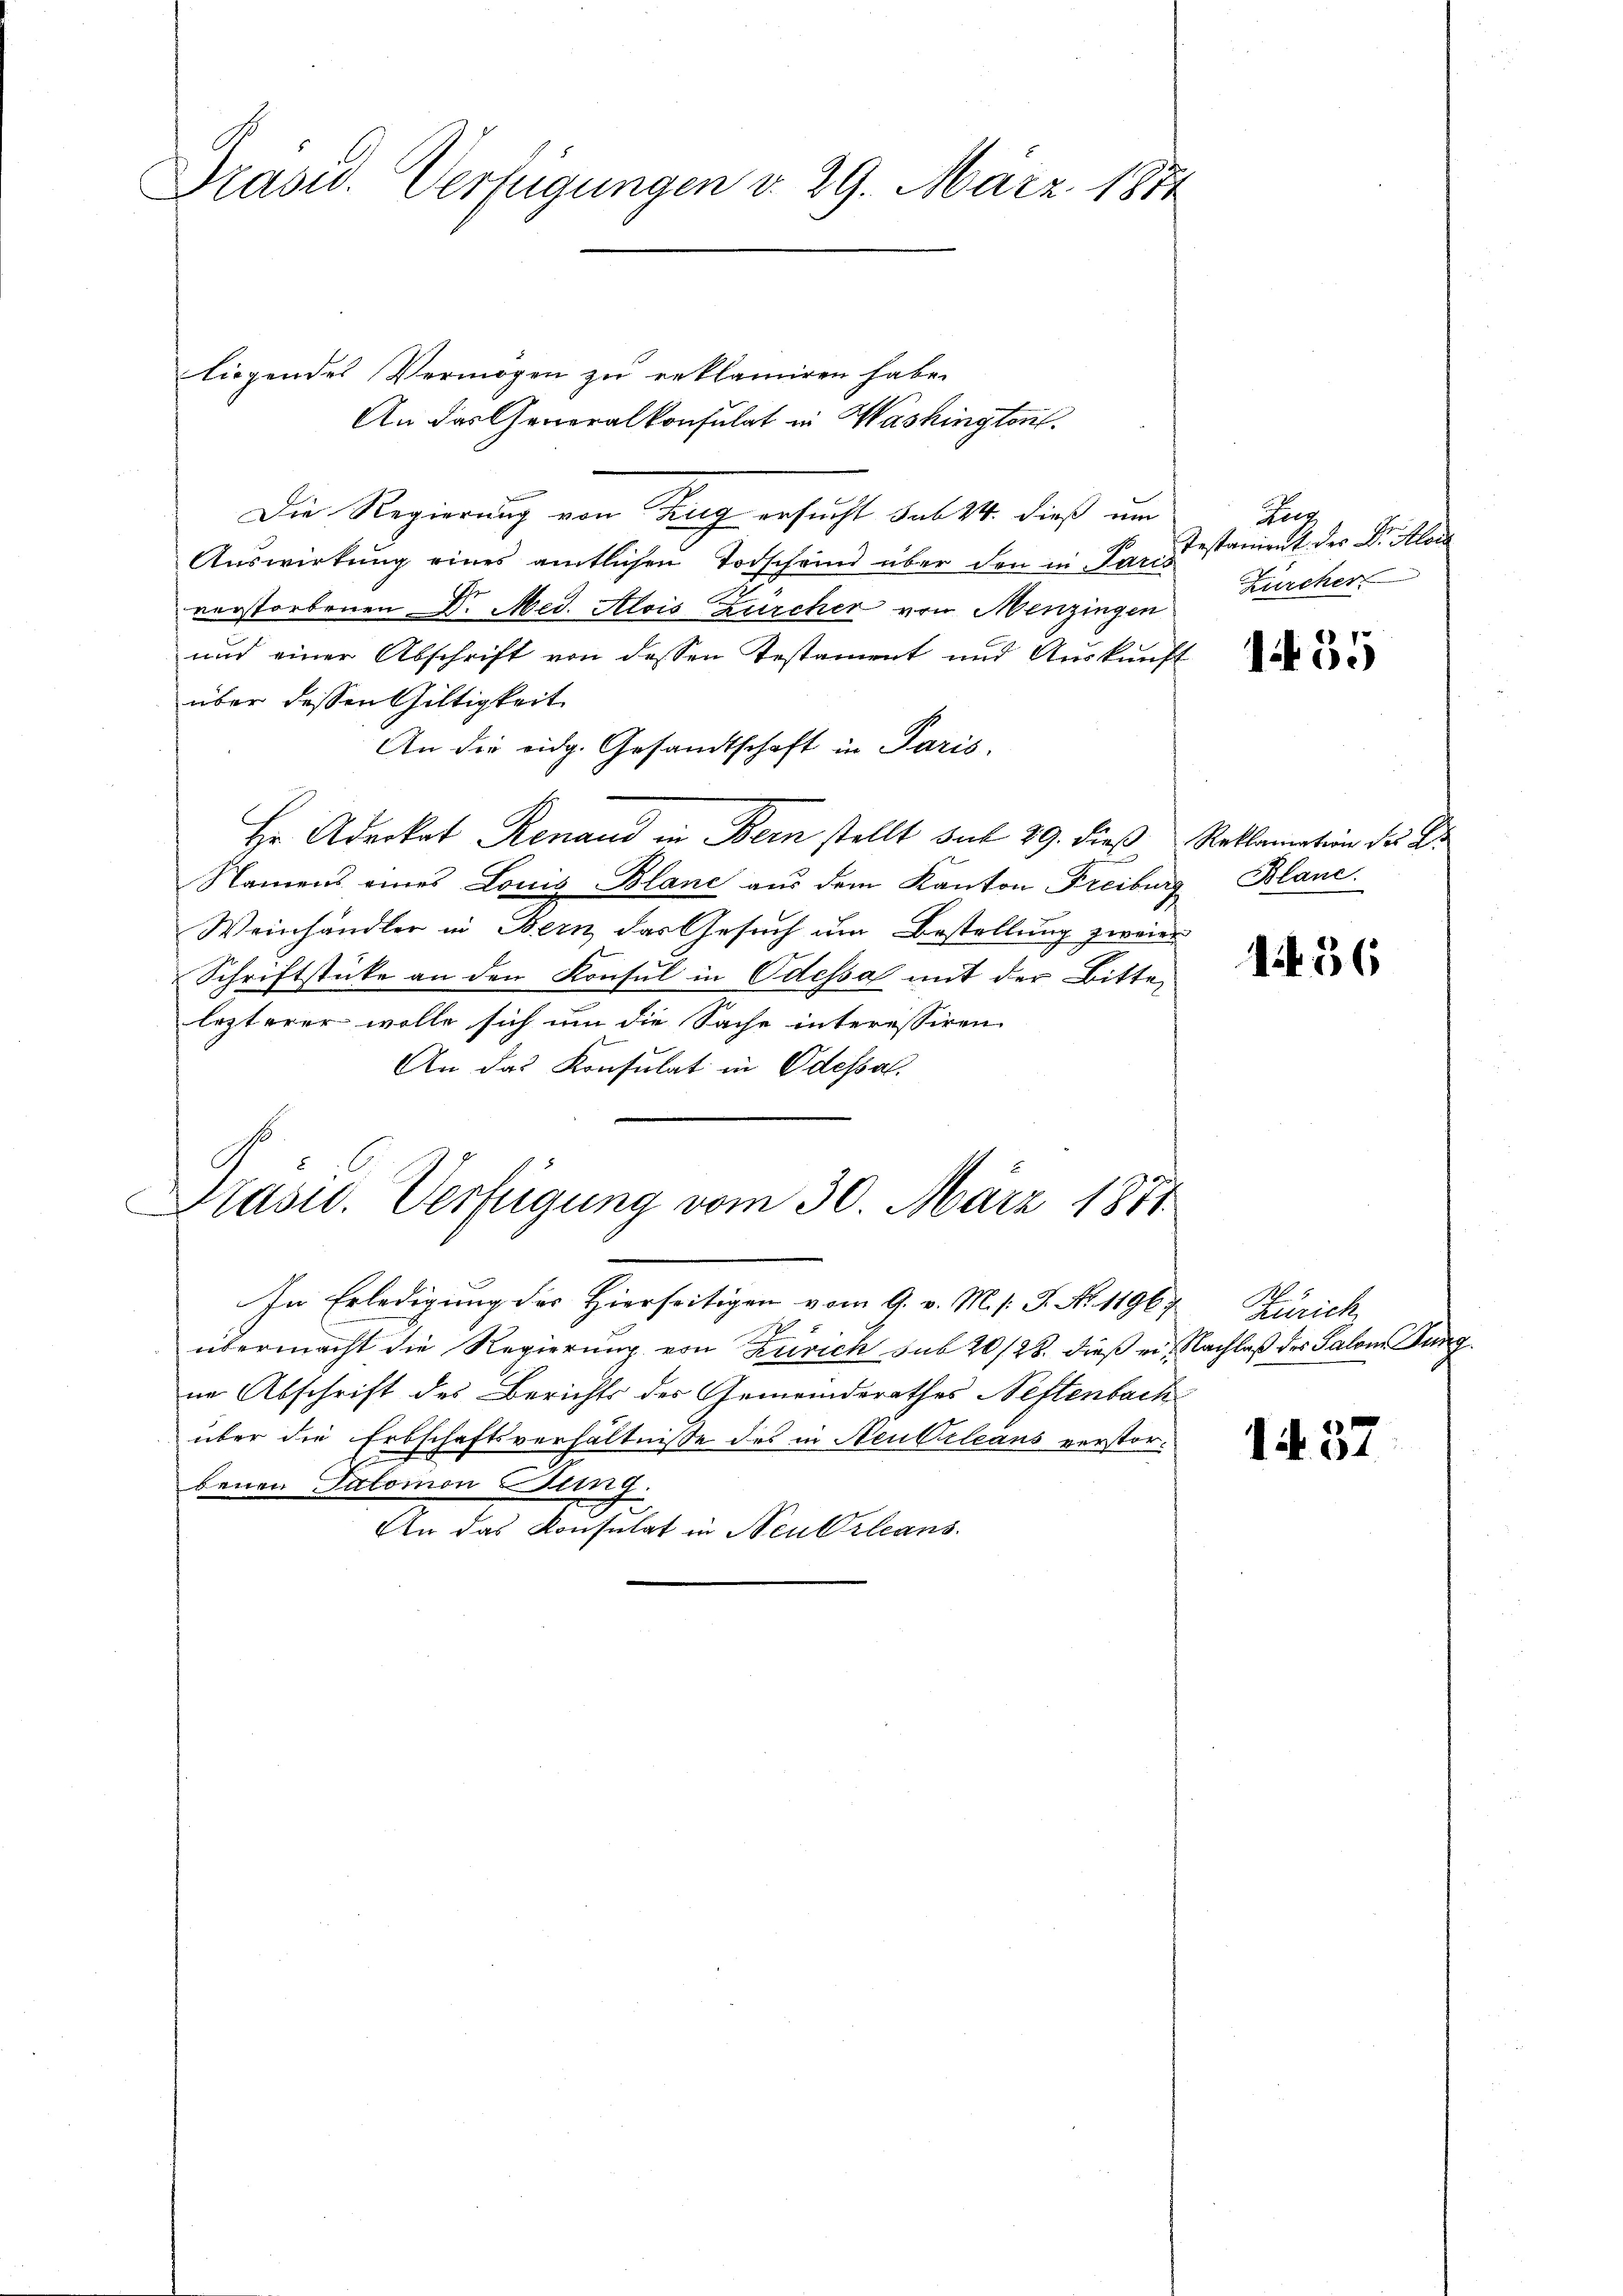
Prasid. Vertigungen v. 29. März 1871

liegendes Vermögen zu erklamiren habe.
An das Generalkonsulat in Washington
Die Regierung von Tag ersucht sub 14. dieß um
Auswirkung eines amtlichen Todscheind über den in Parce
verstorbenen Dr. Med. Alois Zürcher von Menzingen
und einer Abschrift von dessen Testament und Aŭskŭnft
über dessen Gültigkeit
An die eidg. Gesandtschaft in Paris,
Hr. Advokat Renaud in Bern stellt seit 29. dieß Reklamation des Er
Namens eines Louis Blanc aus dem Kanton Freiburg Blanc
Weinhändler in Bern, das Gesuch um Bestellung zweier
Schriftstücke an den Konsul in Odessa mit der Bitte
lezterer wolle sich um die Sache interessiren
An das Konsulat in Odessal.

Präsid. Verfügung vom 30. März 1871

In Erledigung des Hierseitigen vom 9. v. M. s. S. Nr. 11967 Zürich
5
übermacht die Regierung von Zürich sub 20/28. dieß er Nachlaß des Salon Bung.
ne Abschrift des Berichts des Gemeinderathes Neftenbach
über die Erbschaftsverhältnisse des in Neubileans verstorbenen Salomon Jung.
An das Konsulat in Neu Orleans

Heer
Testanient des Dr. Aloi
Zürcher

1455

1456

1. 37